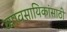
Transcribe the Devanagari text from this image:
व्यावसायिकांसाठी